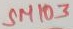
Text: SM103